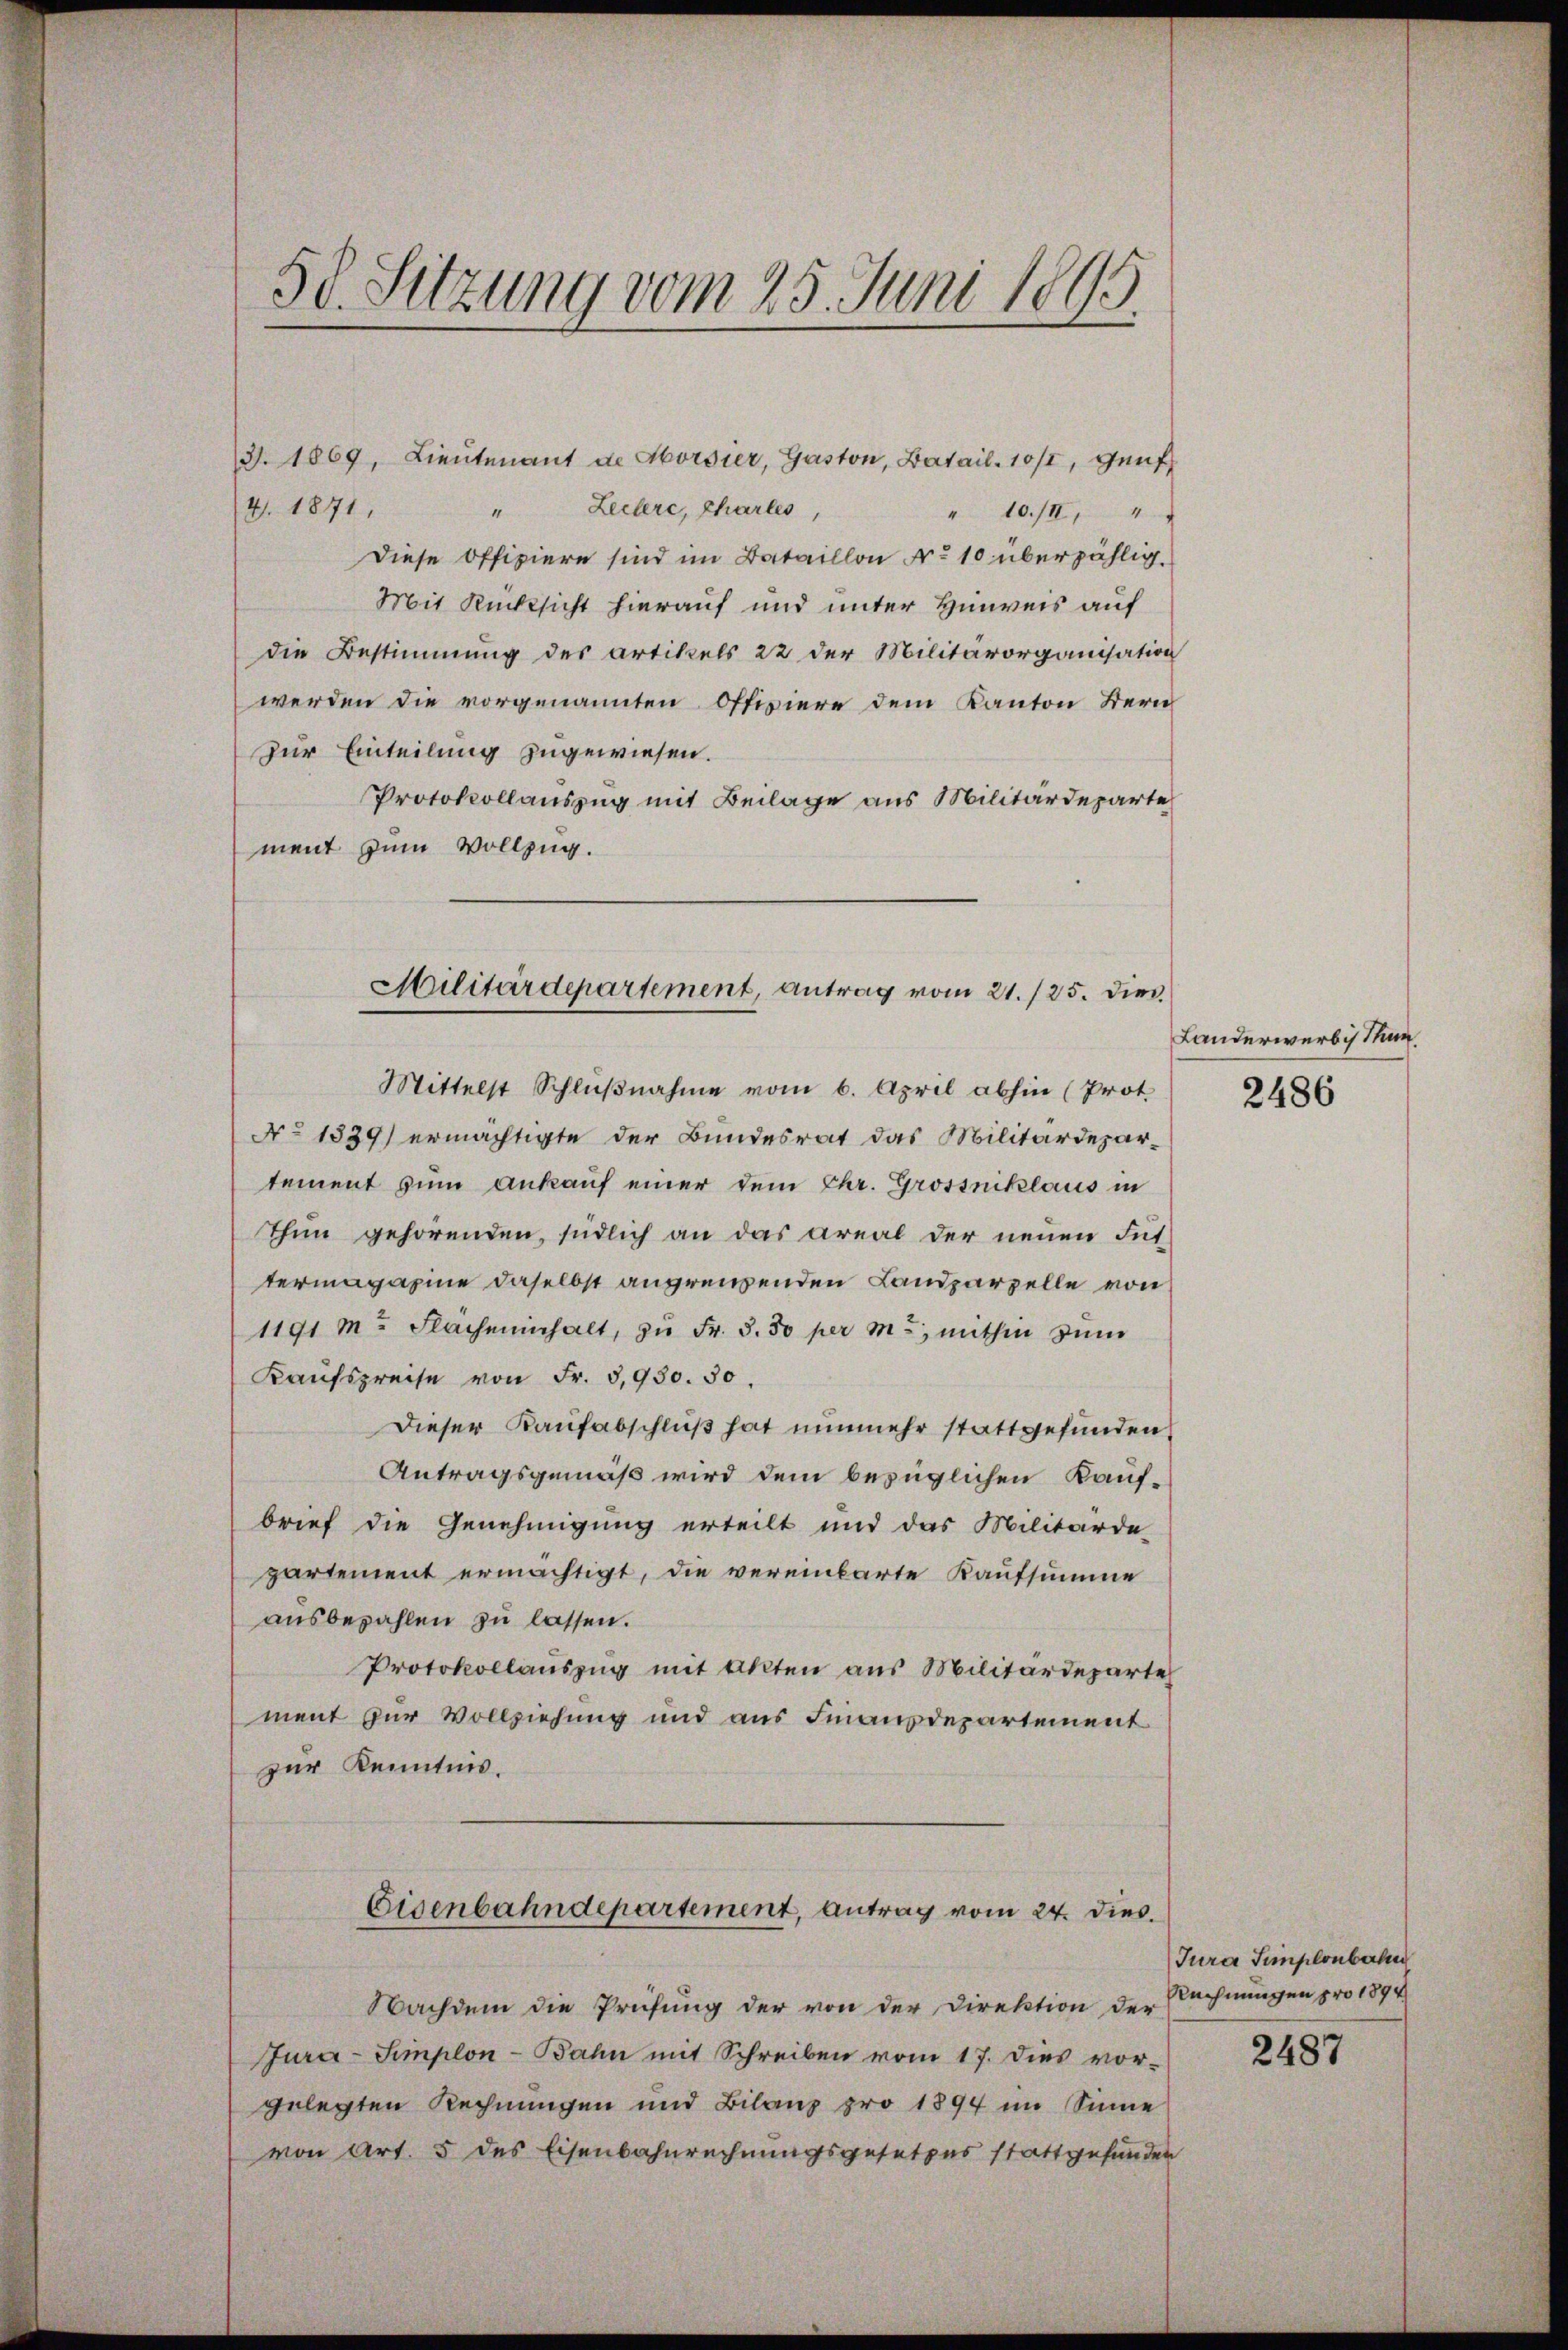
58. Sitzung vom 25. Juni 1895.

J. 1869, Lieutenant de Horsier, Gaston, Batail. 10/2, Genf
4. 1871,
" Leitere, Charles
" 10/II,4
Diese Offiziere sind im Bataillon No 10 überzählig.
Mit Rücksicht hierauf und unter Hinweis auf
die Bestimmung des artikels 22 der Militärorganisation
werden die vorgenannten Offiziere dem Kanton Bern
Zur Einteilung zugewiesen.
Protokollauszug mit Beilage aus Militärdeparte
ment zum Vollzug.
Mittelst Schlußnahme vom 6. April abhin (Prot.
No 1339) ermächtigte der Bundesrat das Militärdepartement zum Ankauf einer dem Chr. Grossniklaus in
Thun gehörenden, südlich an das Areal der neuen Int
termagazine daselbst angrenzenden Landparzelle von
1191 M. Flächenhalt, zŭ Fr. 5. 50 per m., mithin zum
Kaufspreise von Fr. 5,930. 30.
Dieser Kaufabschluß hat nunmehr stattgefunden,
Antragsgemäß wird dem bezüglichen Kaufbrief die Genehmigung erteilt und das Militärde
partement ermächtigt, die vereinbarte Kaufsumme
ausbezahlen zu lassen.
Protokollauszug mit Akten aus Militärdeparte
ment zur Vollziehung und aus Finanzdepartement
zur Kenntnis.
Eisenbahndepartement, antrag vom 24. dies
Nachdem die Prüfung der von der Direktion der
Jura-Simplon - Bahn mit Schreiben vom 17. dies vor-
gelegten Rechnungen und Bilanz pro 1894 im Sinne
von Art. 5 des Eisenbahnrechnungsgesetzes stattgefunden

Militärdepartement, antrag vom 21./25. dies

Landerwerbisthum

2486

Jura Semplonbahn
Rechnungen pro 1894

2487